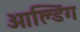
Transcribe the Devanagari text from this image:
ओल्डिंग